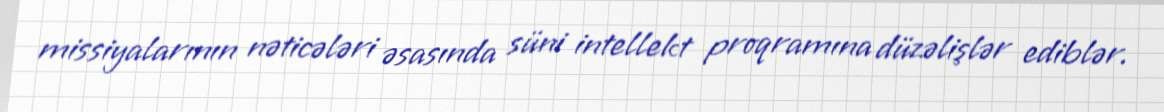
missiyalarının nəticələri əsasında süni intellekt proqramına düzəlişlər ediblər.